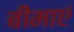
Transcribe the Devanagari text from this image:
बीमाएं